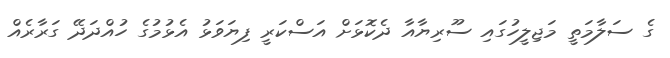
ގެ ސަލާމަތީ މަޖިލީހުގައި ސޫރިޔާއާ ދެކޮޅަށް އަސްކަރީ ފިޔަވަޅު އެޅުމުގެ ހުއްދަދޭ ގަރާރެއް